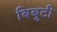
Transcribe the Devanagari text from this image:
बिबुटी